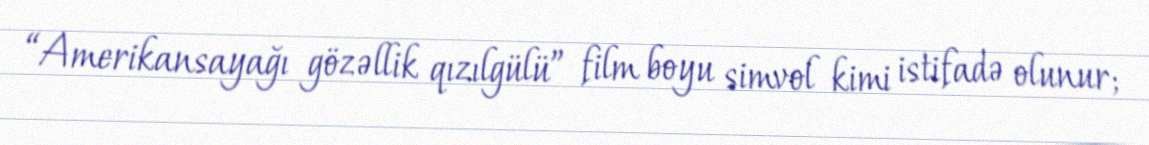
“Amerikansayağı gözəllik qızılgülü” film boyu simvol kimi istifadə olunur;